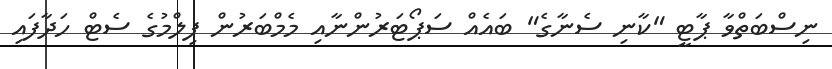
ނިސްބަތްވާ ޕާޓީ "ކާނި ސެނާގެ" ބައެއް ސަޕޯޓަރުންނާއި މެމްބަރުން ފިލްމުގެ ސެޓް ހަދާފައި